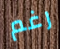
رغم